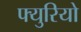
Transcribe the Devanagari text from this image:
फ्युरियो